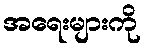
အရေးများကို